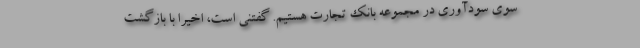
سوی سودآوری در مجموعه بانک تجارت هستیم. گفتنی است، اخیرا با بازگشت